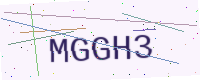
Text: MGGH3